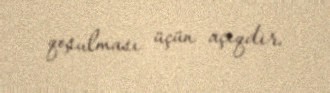
qoşulması üçün açıqdır.